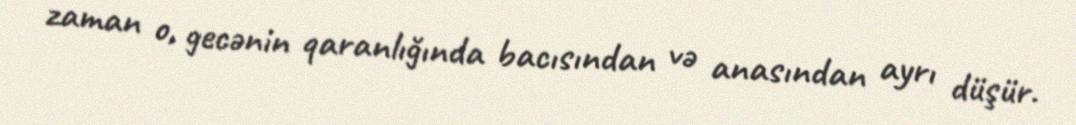
zaman o, gecənin qaranlığında bacısından və anasından ayrı düşür.